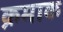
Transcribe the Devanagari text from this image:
क्रमाक